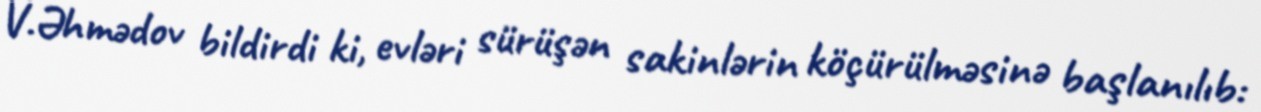
V.Əhmədov bildirdi ki, evləri sürüşən sakinlərin köçürülməsinə başlanılıb: